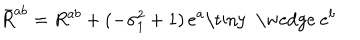
LaTeX: \bar { R } ^ { a b } = R ^ { a b } + ( - \sigma _ { 1 } ^ { 2 } + 1 ) \, e ^ { a } \mathrm { \tiny ~ \wedge ~ } e ^ { b }